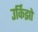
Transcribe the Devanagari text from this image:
उर्किझो